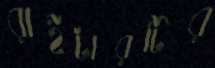
রাইটারটির